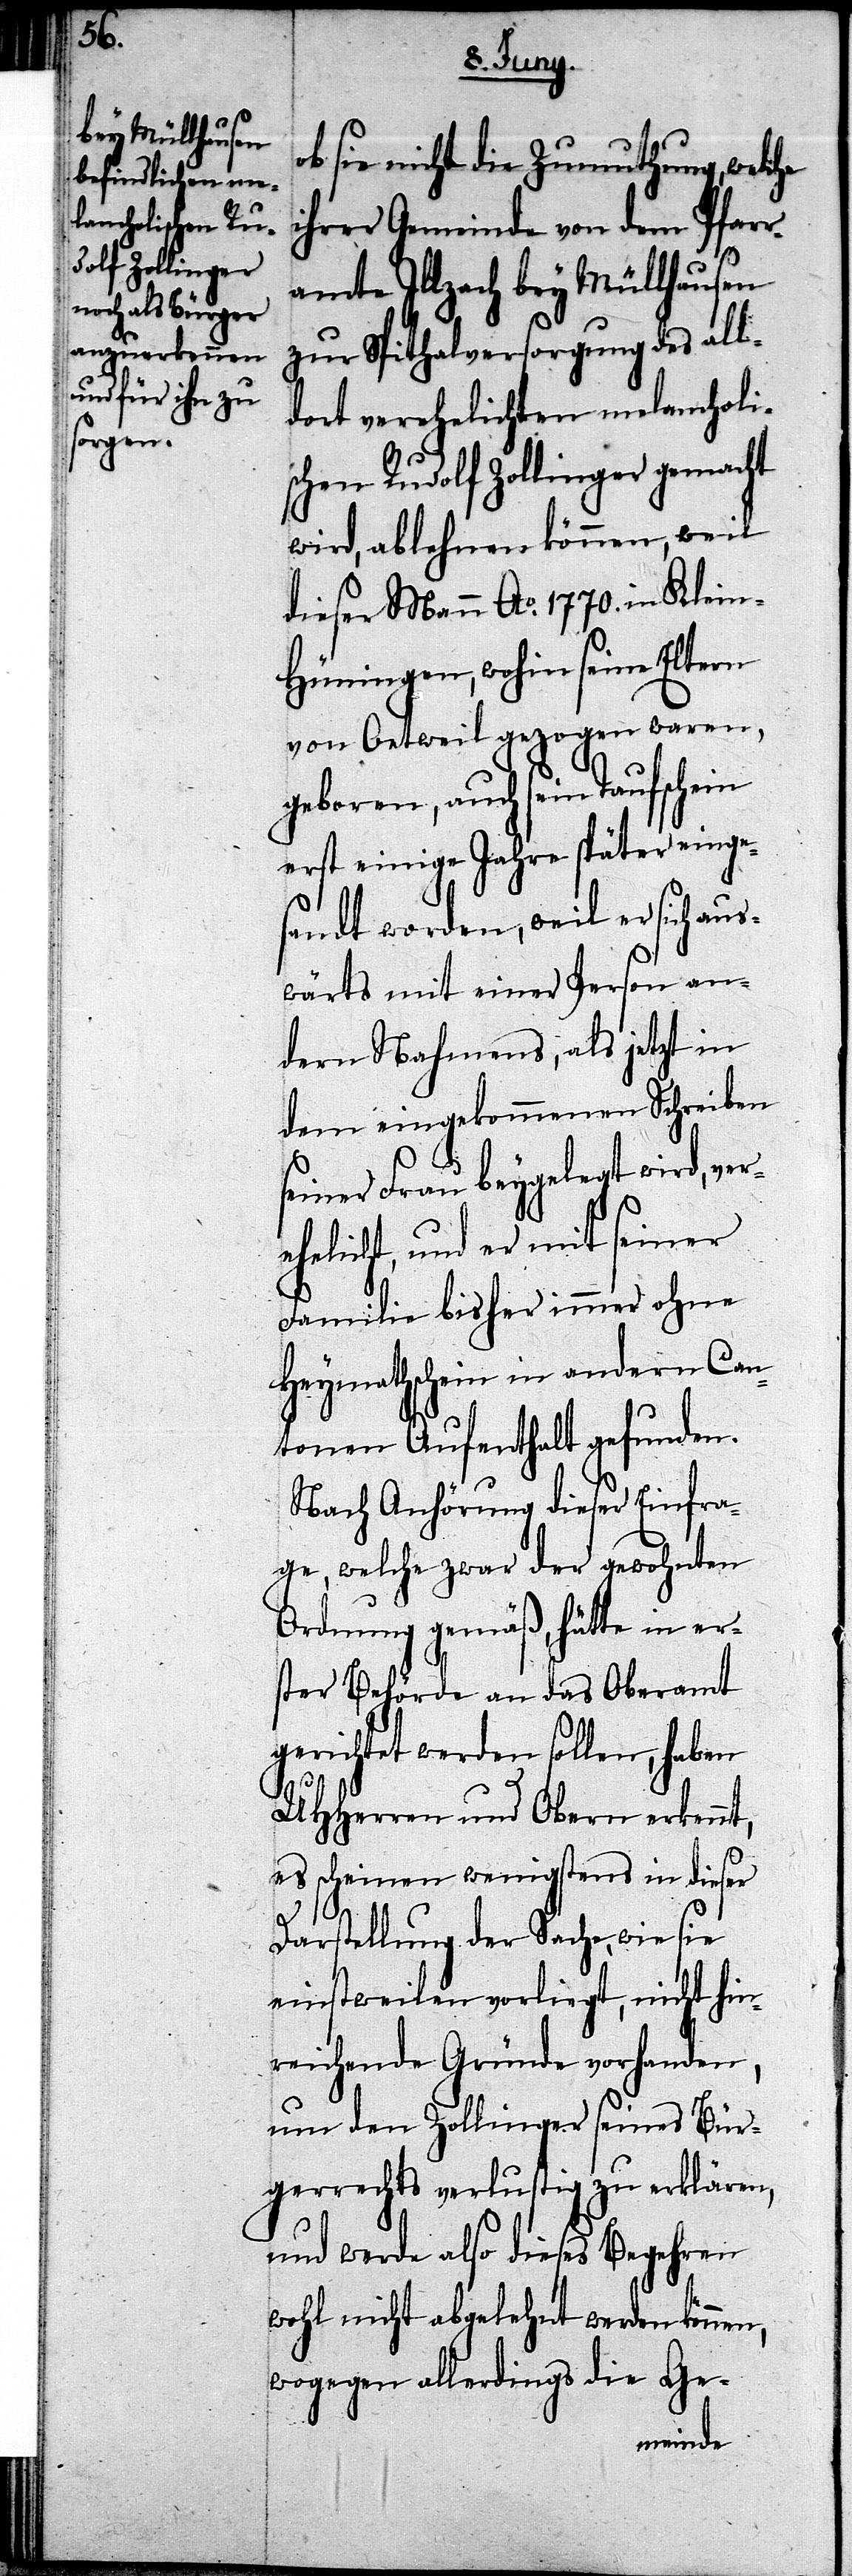
sie nicht die Zumuthung, welche
ihrer Gemeinde von dem Pfarr¬
amte Illzach bey Müllhausen
zur Spitalversorgung des all¬
dort verehelichten melancholi¬
schen Rudolf Zollinger gemacht
wird, ablehnen können, weil
dieser Mann Ao. 1770. in Klein-H¬
üningen, wohin seine Eltern
von Oetweil gezogen waren,
geboren, auch sein Taufschein
erst einige Jahre später einge¬
sandt worden, weil er sich au¬
swärts mit einer Person an¬
dern Nahmens, als jetzt in
dem eingekommenen Schreiben
seiner Frau beygelegt wird, ver¬
ehelicht, und er mit seiner
Familie bisher immer ohne
Heymathschein in andern Can¬
tonen Aufenthalt gefunden.
Nach Anhörung dieser Einfra¬
ge, welche zwar der gewohnten
Ordnung gemäß, hätte in er¬
ster Behörde an das Oberamt
gerichtet werden sollen, haben
UHHerren und Obern erkennt,
es scheinen wenigstens in diese
Darstellung der Sache, wie sie
einstweilen vorliegt, nicht hin¬
reichende Gründe vorhanden,
um den Zollinger seines Bür¬
gerrechts verlustig zu erklären,
und werde also dieses Begehren
wohl nicht abgelehnt werden können,
wogegen allerdings die Ge-